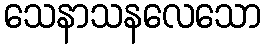
သေနာသနလေသော